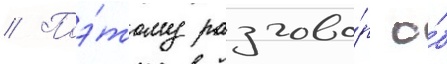
// Поэ́тому разгово́р о́б